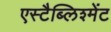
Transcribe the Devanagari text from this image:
एस्टैब्लिश्मेंट